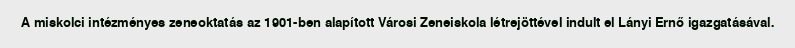
A miskolci intézményes zeneoktatás az 1901-ben alapított Városi Zeneiskola létrejöttével indult el Lányi Ernő igazgatásával.